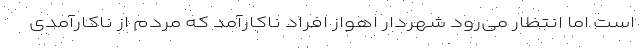
است اما انتظار می‌رود شهردار اهواز افراد ناکارآمد که مردم از ناکارآمدی